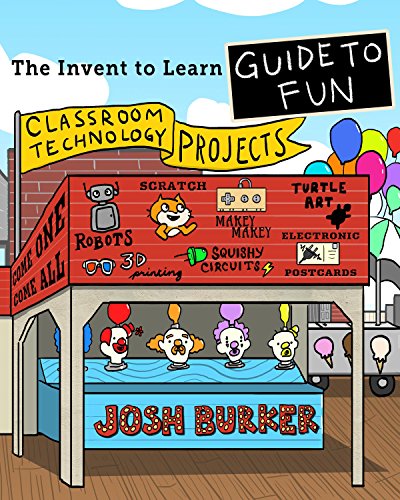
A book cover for The Invent To Learn Guide To Fun; Josh Burker; Crafts, Hobbies & Home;